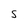
Character: S